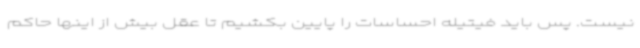
نیست. پس باید فیتیله احساسات را پایین بکشیم تا عقل بیش از اینها حاکم